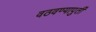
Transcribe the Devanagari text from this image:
वठवण्यापुर्ती